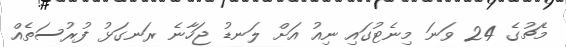
މެޗުގެ 24 ވަނަ މިނެޓުގައި ނިއު އަށް ލަނޑު ޖަހާނެ ރަނގަޅު ފުރުސަތެއް